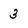
Character: 3